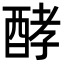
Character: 酵